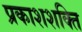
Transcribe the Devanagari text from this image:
प्रकाशशक्ति